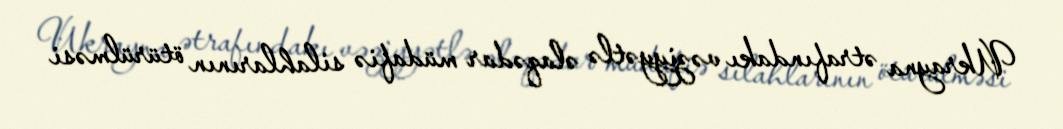
Ukrayna ətrafındakı vəziyyətlə əlaqədar müdafiə silahlarının ötürülməsi